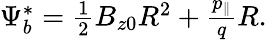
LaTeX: \begin{array}{r}{\Psi_{b}^{*}=\frac{1}{2}B_{z0}R^{2}+\frac{p_{\| }}{q}R.}\end{array}